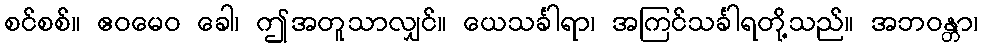
စင်စစ်။ ဧဝမေဝ ခေါ၊ ဤအတူသာလျှင်။ ယေသင်္ခါရာ၊ အကြင်သင်္ခါရတို့သည်။ အဘဝန္တာ၊